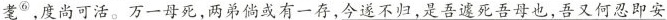
耄^{⑥}，度尚可活。万一母死，两弟倘或有一存，今遂不归，是吾遽死吾母也，吾又何忍即安